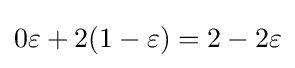
0\varepsilon +2(1-\varepsilon )=2-2\varepsilon